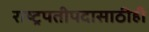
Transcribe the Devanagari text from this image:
राष्ट्रपतीपदासाठीही